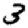
Digit: 3